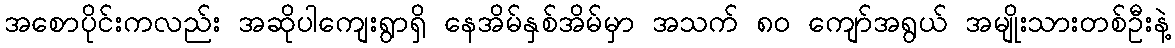
အစောပိုင်းကလည်း အဆိုပါကျေးရွာရှိ နေအိမ်နှစ်အိမ်မှာ အသက် ၈၀ ကျော်အရွယ် အမျိုးသားတစ်ဦးနဲ့